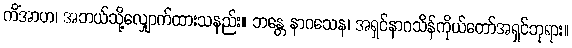
ကိံအာဟ၊ အဘယ်သို့လျှောက်ထားသနည်း။ ဘန္တေ နာဂသေန၊ အရှင်နာဂသိန်ကိုယ်တော်အရှင်ဘုရား။